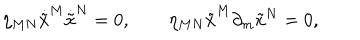
\eta _ { M N } \dot { \tilde { x } } ^ { M } \dot { \tilde { x } } ^ { N } = 0 , ~ ~ \eta _ { M N } \dot { \tilde { x } } ^ { M } \partial _ { m } { \tilde { x } } ^ { N } = 0 ,